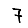
Digit: 7